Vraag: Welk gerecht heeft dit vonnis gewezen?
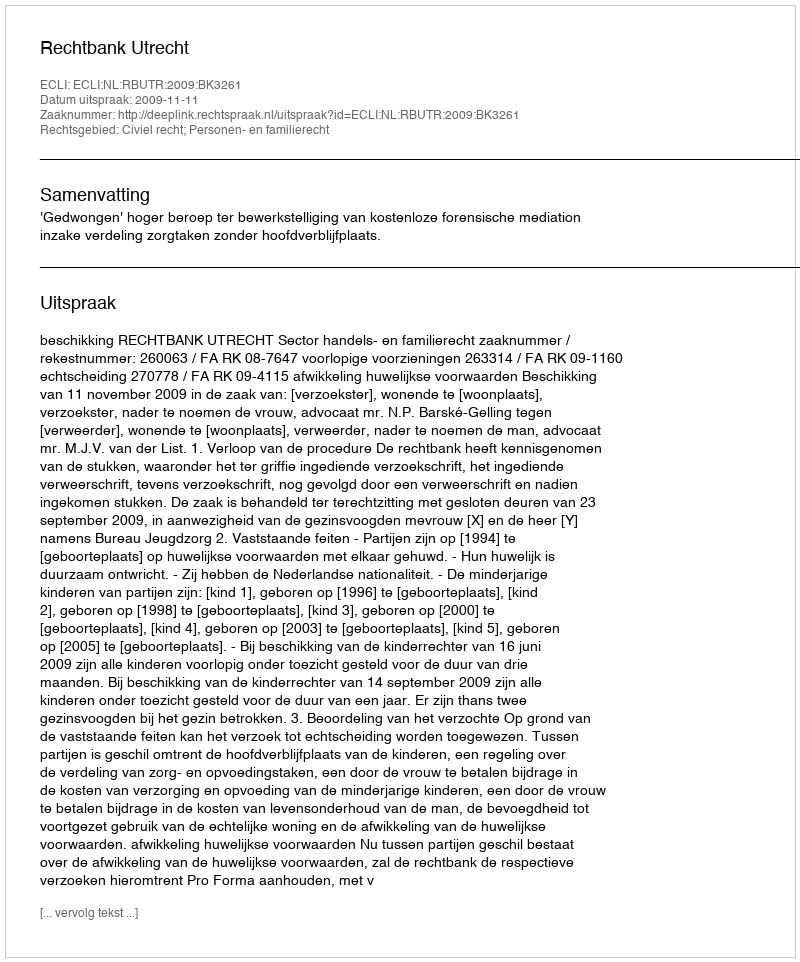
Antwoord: Rechtbank Utrecht